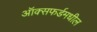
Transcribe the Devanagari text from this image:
ऑक्‍सफर्डमधील